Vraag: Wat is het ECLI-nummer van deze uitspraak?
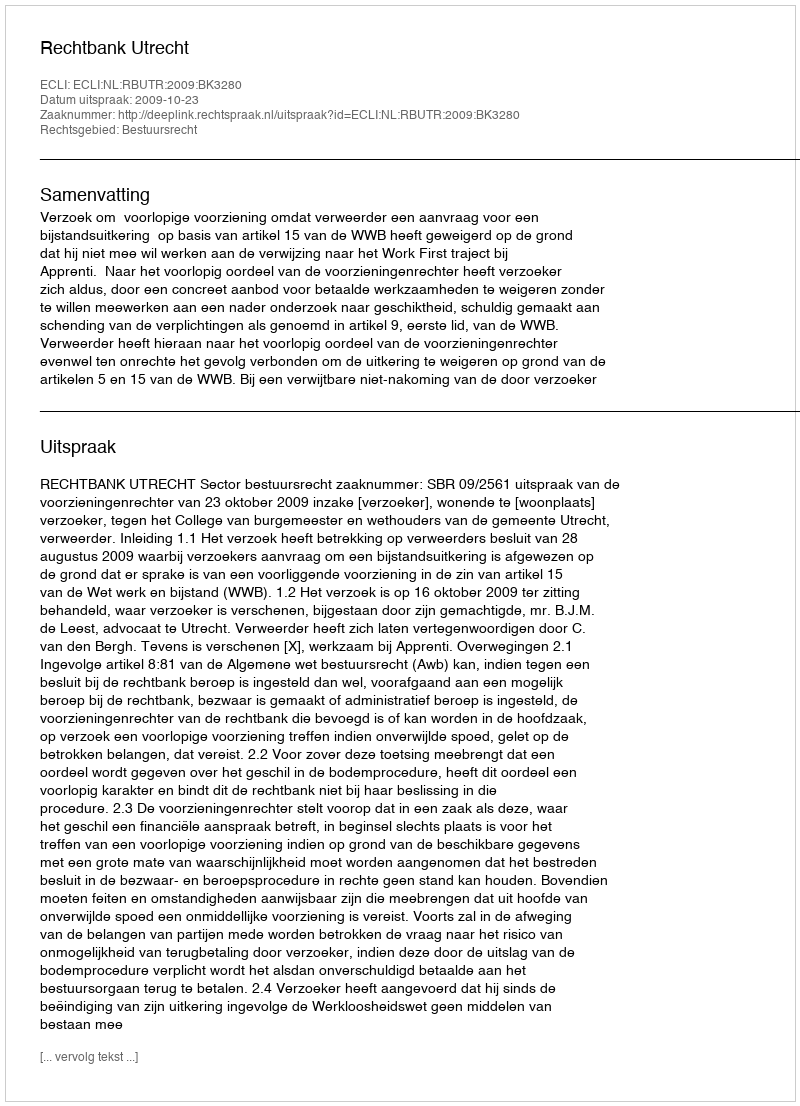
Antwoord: ECLI:NL:RBUTR:2009:BK3280